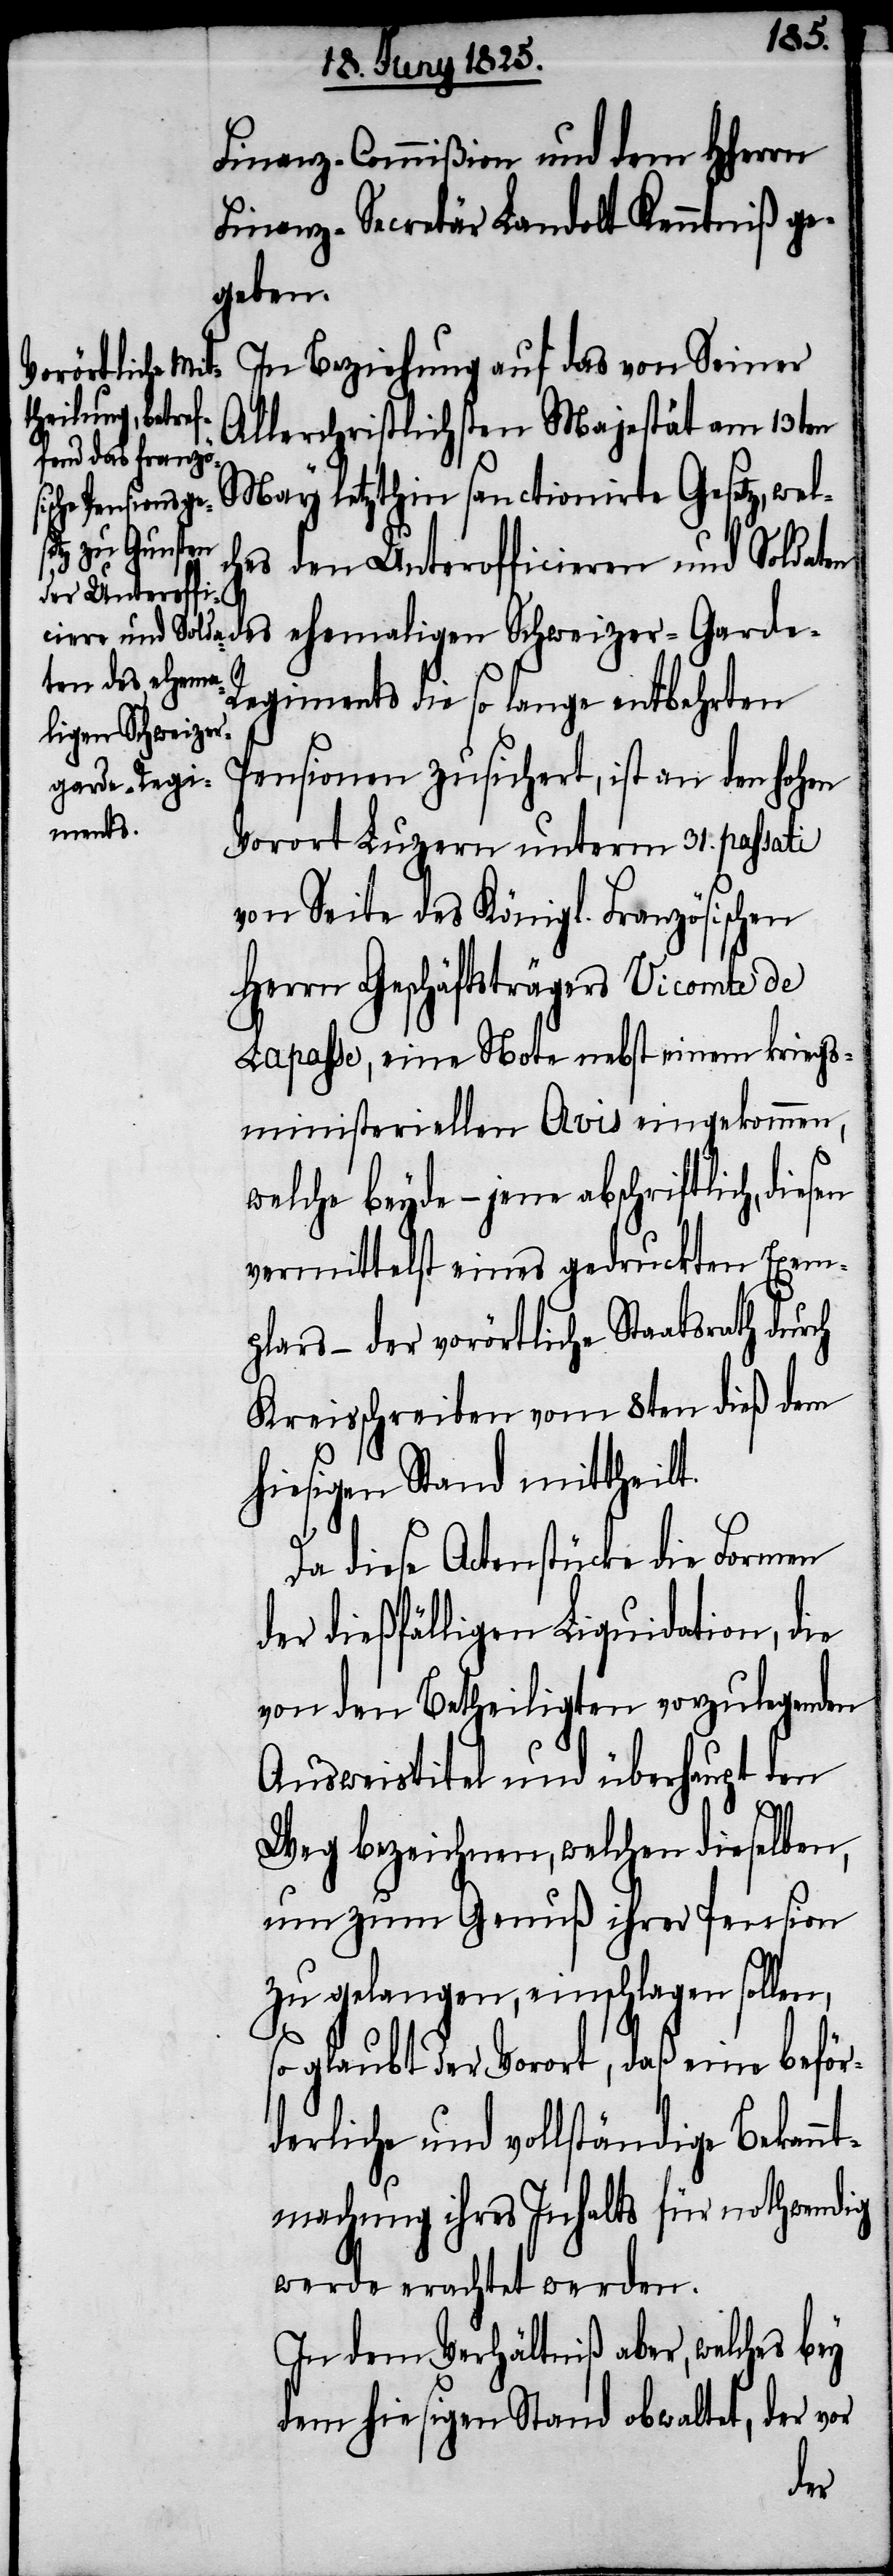
Finanz-Commißion und dem HHerrn
Finanz-Secretär Landolt Kenntniß ge¬
geben.
In Beziehung auf das von Seiner
Allerchristlichsten Majestät am 13ten
May letzthin sanctionirte Gesetz, w¬
ches den Unterofficieren und Soldat¬
sen
en des ehemaligen Schweizer-Gard¬
el¬
e-Regiments die so lange entbehrten
Pensionen zusichert, ist an den hohen
Vorort Luzern unterm 31. passati
von Seite des Königl. Französischen
Herrn Geschäftsträgers Vicomte de
Lapasse, eine Note nebst einem kriegs¬
ministeriellen Avis eingekommen,
welche beyde – jene abschriftlich, die¬
vermittelst eines gedruckten Exem¬
plars – der vorörtliche Staatsrath durch
Kreisschreiben vom 8ten dieß dem
hiesigen Stand mittheilt.
Da diese Actenstücke die Formen
der dießfälligen Liquidation, die
von den Betheiligten vorzulegenden
Ausweistitel und überhaupt den
Weg bezeichnen, welchen dieselben,
um zum Genuß ihrer Pension
zu gelangen, einschlagen sollen,
so glaubt der Vorort, daß eine beför¬
derliche und vollständige Bekann¬
tmachung ihres Inhalts für nothwendig
werde erachtet werden.
In dem Verhältniß aber, welches bey
dem hiesigen Stand obwaltet, der vor